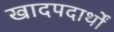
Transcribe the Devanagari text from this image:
खादपदार्थों